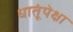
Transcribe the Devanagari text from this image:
धातूंपेक्षा